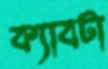
ক্যাবটা